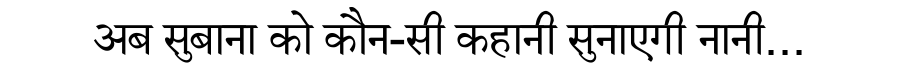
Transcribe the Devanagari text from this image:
अब सुबाना को कौन-सी कहानी सुनाएगी नानी...